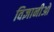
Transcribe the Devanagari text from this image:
विज्ञानीओ